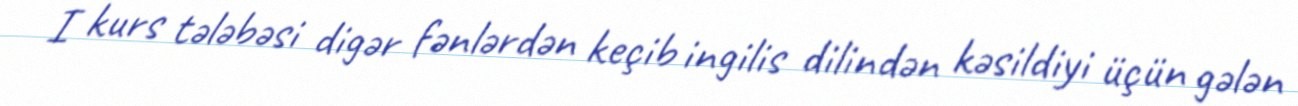
I kurs tələbəsi digər fənlərdən keçib ingilis dilindən kəsildiyi üçün gələn